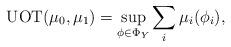
LaTeX: \begin{align*}{\rm UOT}(\mu_0,\mu_1) = \sup_{\phi \in \Phi_Y} \sum_i \mu_i(\phi_i),\end{align*}